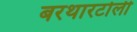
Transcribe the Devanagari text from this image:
बरथारटोली